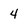
Character: 4